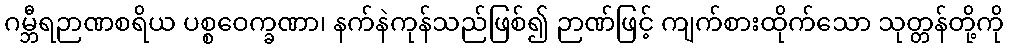
ဂမ္ဘီရဉာဏစရိယ ပစ္စဝေက္ခဏာ၊ နက်နဲကုန်သည်ဖြစ်၍ ဉာဏ်ဖြင့် ကျက်စားထိုက်သော သုတ္တန်တို့ကို